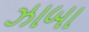
ઝાબા